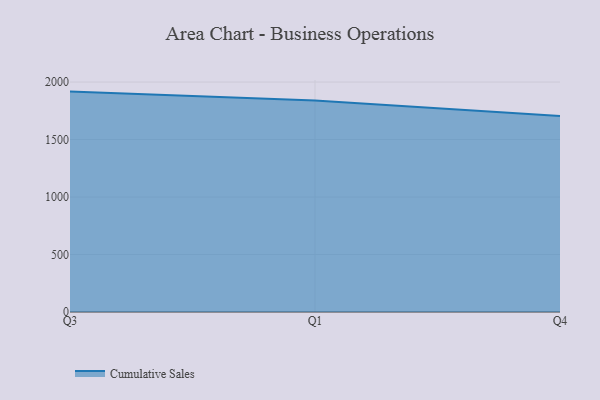
{"axis": {"x": "Quarter", "y": "Revenue (USD Million)"}, "legend": ["Cumulative Sales"], "data": [{"x": "Q3", "y": 1917.0, "type": "Cumulative Sales"}, {"x": "Q1", "y": 1839.1, "type": "Cumulative Sales"}, {"x": "Q4", "y": 1704.4, "type": "Cumulative Sales"}]}